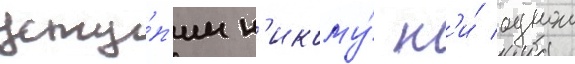
усту́п'им н'икому́ н'и́ однои